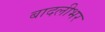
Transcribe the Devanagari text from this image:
बादलीभर